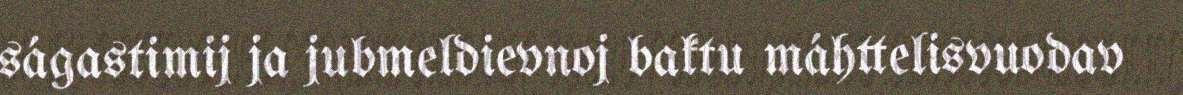
ságastimij ja jubmeldievnoj baktu máhttelisvuodav